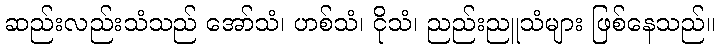
ဆည်းလည်းသံသည် အော်သံ၊ ဟစ်သံ၊ ငိုသံ၊ ညည်းညူသံများ ဖြစ်နေသည်။